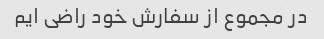
در مجموع از سفارش خود راضی ایم